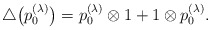
\begin{align*}\bigtriangleup\big(p_0^{(\lambda)}\big)=p_0^{(\lambda)}\otimes1+1\otimes p_0^{(\lambda)}.\end{align*}